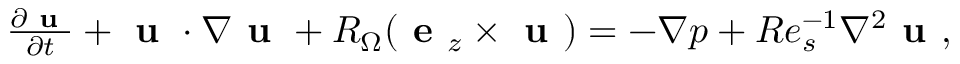
\begin{array} { r } { \frac { \partial \textbf { u } } { \partial t } + \textbf { u } \cdot \nabla \textbf { u } + R _ { \Omega } ( \textbf { e } _ { z } \times \textbf { u } ) = - \nabla p + R e _ { s } ^ { - 1 } \nabla ^ { 2 } \textbf { u } , } \end{array}